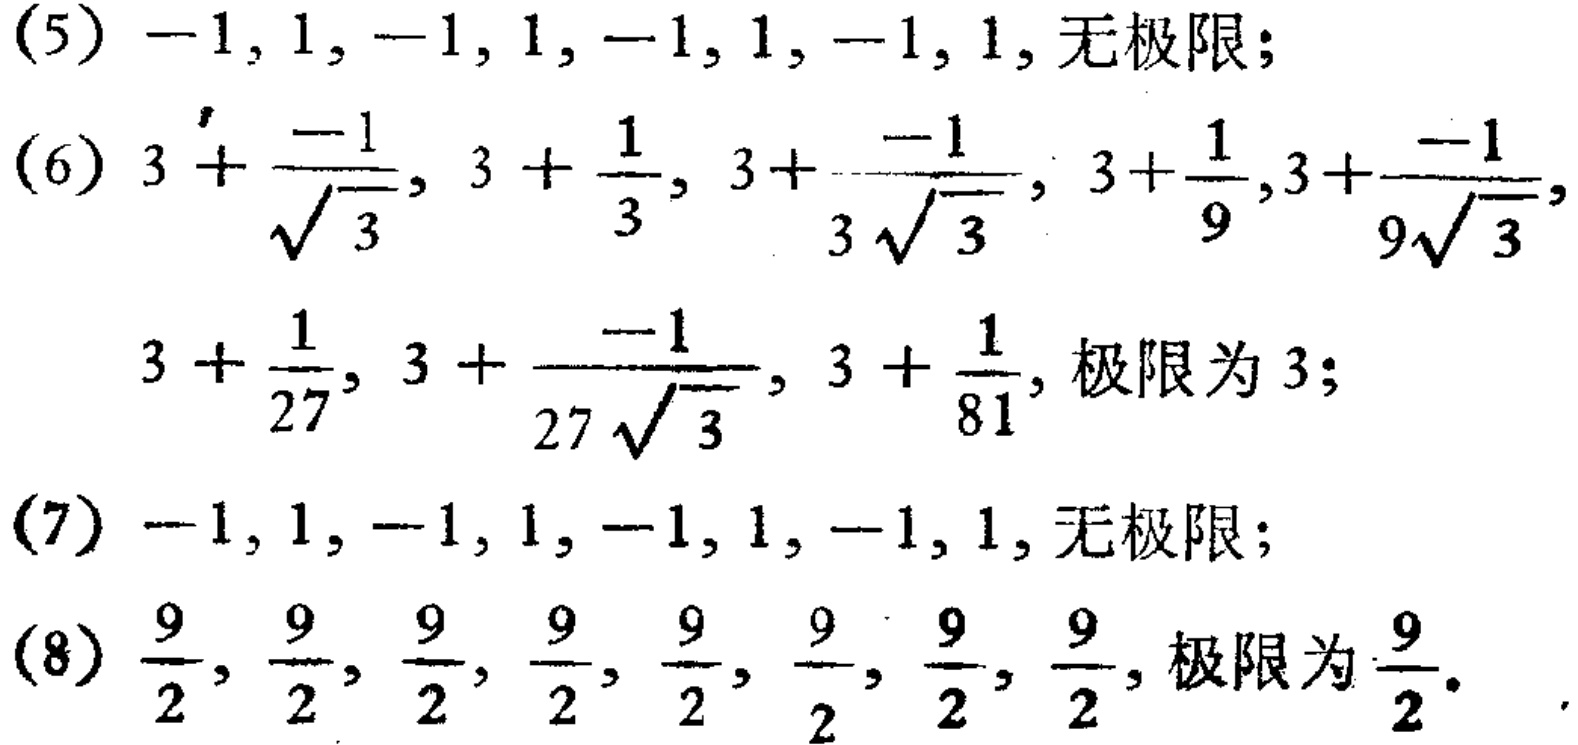
(5) \(-1,1,-1,1,-1,1,-1,1\), 无极限；
(6) \(3+\frac{-1}{\sqrt{3}},3+\frac{1}{3},3+\frac{-1}{3\sqrt{3}},3+\frac{1}{9},3+\frac{-1}{9\sqrt{3}},3+\frac{1}{27},3+\frac{-1}{27\sqrt{3}},3+\frac{1}{81}\), 极限为 \(3\)；
(7) \(-1,1,-1,1,-1,1,-1,1\), 无极限；
(8) \(\frac{9}{2},\frac{9}{2},\frac{9}{2},\frac{9}{2},\frac{9}{2},\frac{9}{2},\frac{9}{2},\frac{9}{2}\), 极限为 \(\frac{9}{2}\)。